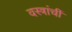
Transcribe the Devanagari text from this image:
वस्त्रांचीं